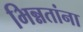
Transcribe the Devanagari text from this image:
भिन्नतांना